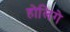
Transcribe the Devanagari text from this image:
होलिगे